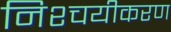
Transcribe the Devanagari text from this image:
निश्चयीकरण